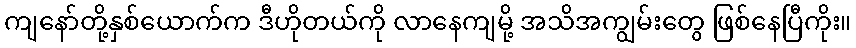
ကျနော်တို့နှစ်ယောက်က ဒီဟိုတယ်ကို လာနေကျမို့ အသိအကျွမ်းတွေ ဖြစ်နေပြီကိုး။